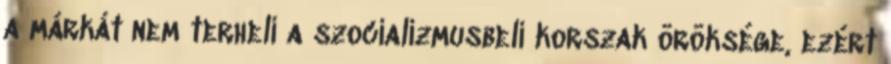
a márkát nem terheli a szocializmusbeli korszak öröksége, ezért